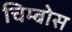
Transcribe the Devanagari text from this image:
चिम्बोस